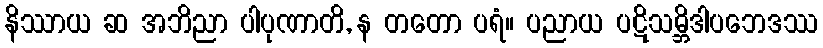
နိဿာယ ဆ အဘိညာ ပါပုဏာတိ, န တတော ပရံ။ ပညာယ ပဋိသမ္ဘိဒါပဘေဒဿ